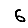
Digit: 6